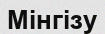
Мінгізу